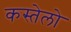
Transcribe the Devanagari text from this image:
कस्तेलो